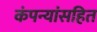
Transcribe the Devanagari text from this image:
कंपन्यांसहित